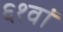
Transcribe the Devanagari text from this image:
६१वां